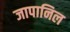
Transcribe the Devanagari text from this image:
जापानिल